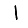
Digit: 1